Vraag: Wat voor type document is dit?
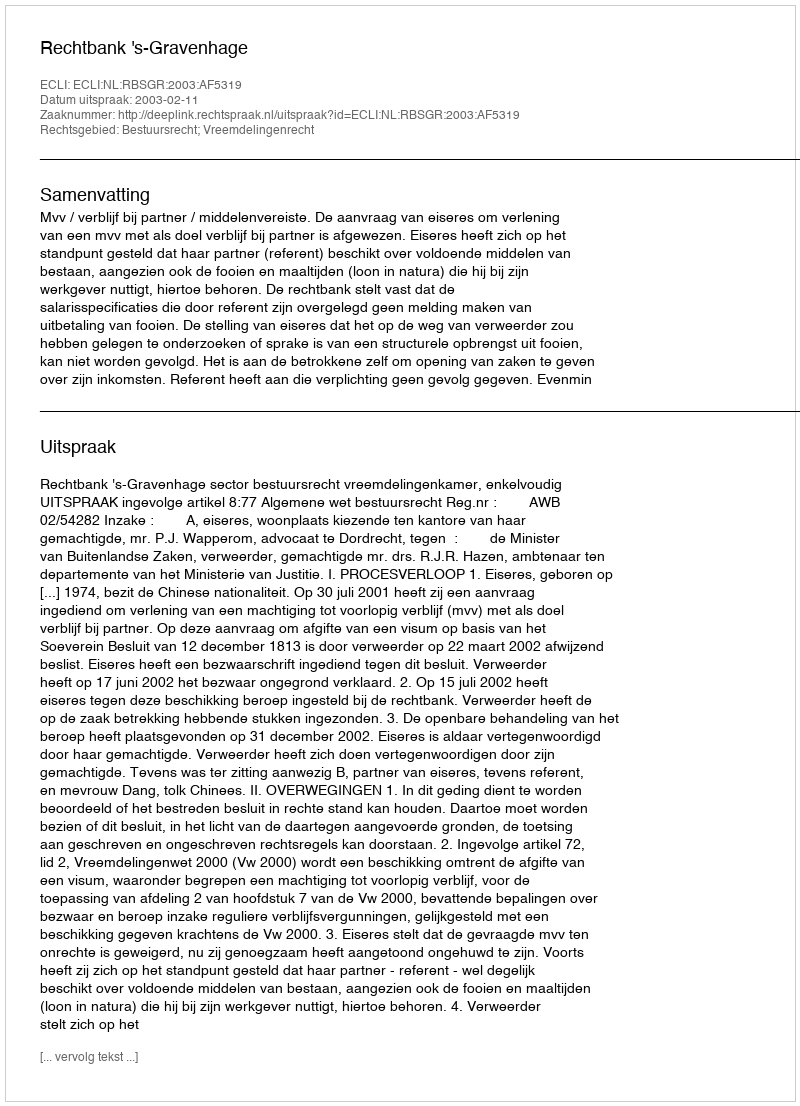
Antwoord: Uitspraak